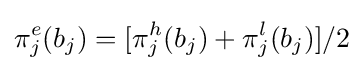
\pi _{j}^{e}(b_{j})=[\pi _{j}^{h}(b_{j})+\pi _{j}^{l}(b_{j})]/2